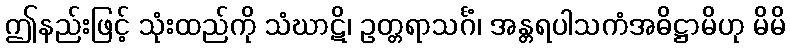
ဤနည်းဖြင့် သုံးထည်ကို သံဃာဋိ၊ ဥတ္တရာသင်္ဂံ၊ အန္တရပါသကံအဓိဋ္ဌာမိဟု မိမိ